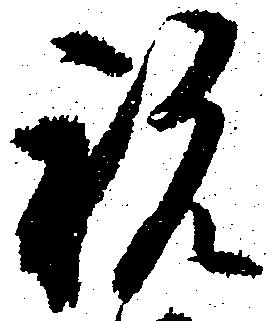
祝